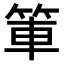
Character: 𫁿